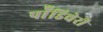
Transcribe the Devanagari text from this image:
पॉँडिचेरी